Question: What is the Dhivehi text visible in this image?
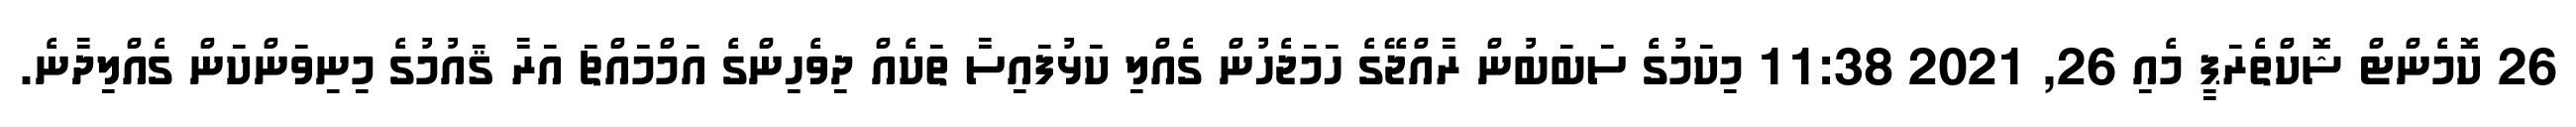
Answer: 26 ކޮމެންޓް ޝޮކްތެރަޕީ މެއި 26, 2021 11:38 މިކަމުގެ ސަބަބުން ރާއްޖޭގެ ހަމަޖެހުން ގެއްލި ކަޅުފައިސާ ތަކެއް ދިވެހިންގެ އަމްމައްޗަ އަރާ ޤައުމުގެ މިނިވަންކަން ގެއްލިދާނެ.